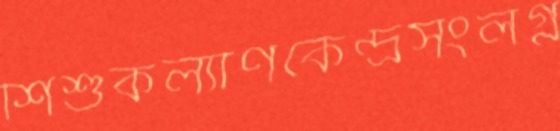
শিশুকল্যাণকেন্দ্রসংলগ্ন